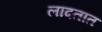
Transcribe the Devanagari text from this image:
लादतात